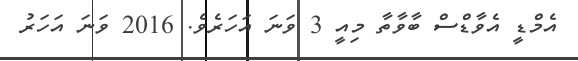
އެމްޑީ އެވާޑްސް ބާވާތާ މިއީ 3 ވަނަ އަހަރެވެ. 2016 ވަނަ އަހަރު